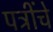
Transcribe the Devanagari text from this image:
पत्रींचे